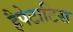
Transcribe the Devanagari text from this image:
हैपेटाटिस